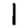
Digit: 1